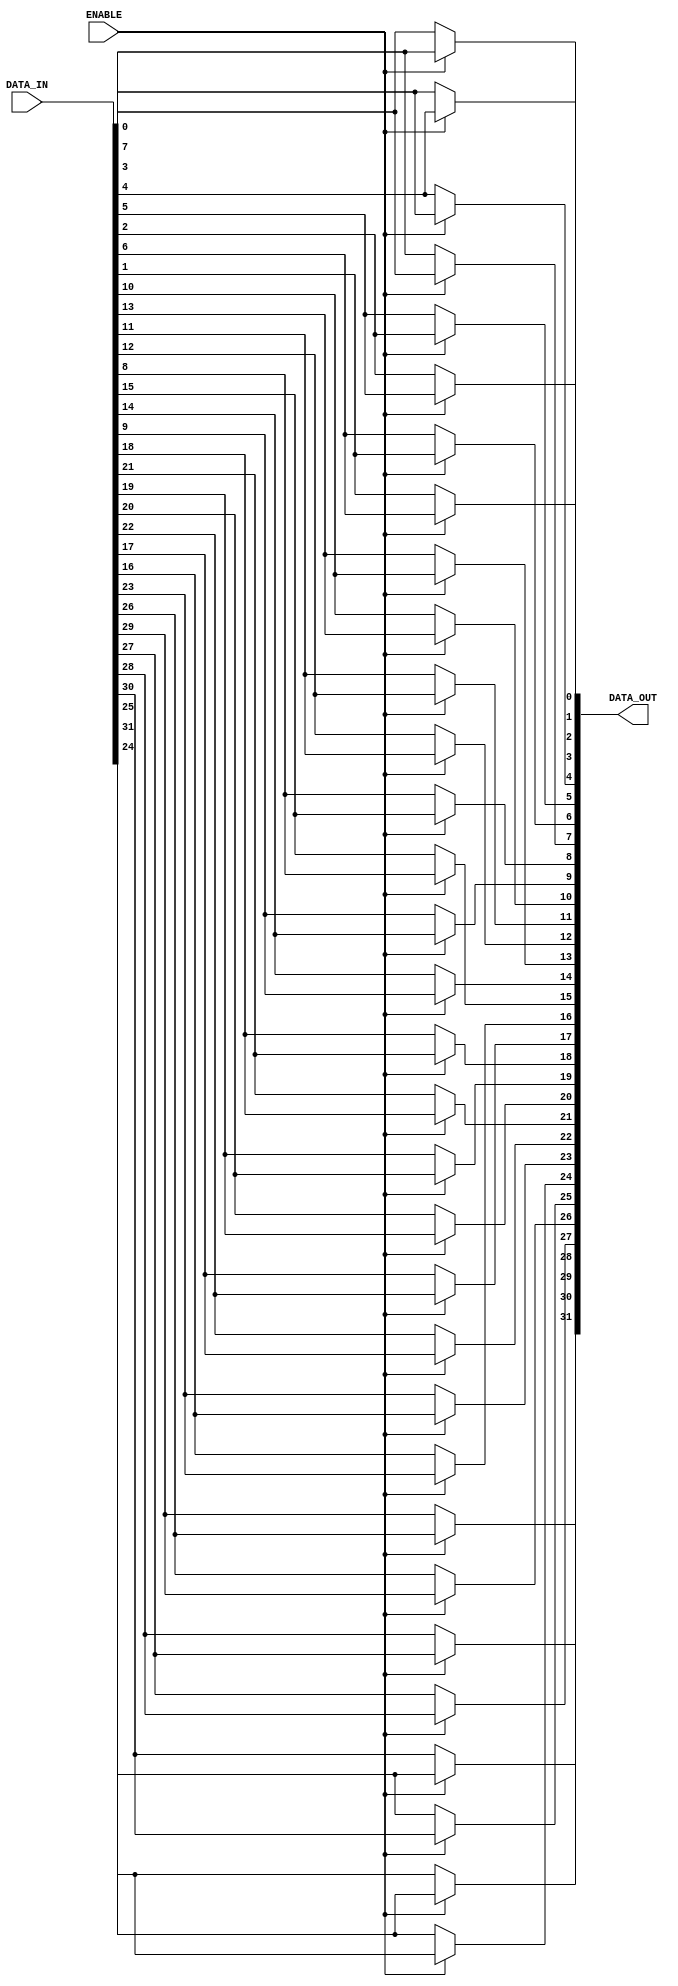
module bit_endian_converter (
	ENABLE,
	DATA_IN,
	DATA_OUT
);

parameter	DATA_WIDTH = 32;				//8, 16, 32, 64

input						ENABLE;
input	[DATA_WIDTH-1:0]	DATA_IN;
output	[DATA_WIDTH-1:0]	DATA_OUT;

genvar i;
generate
	if (DATA_WIDTH == 8) begin 				
		for (i=0; i<8; i=i+1) begin : bit_endian_conv_loop
			assign	DATA_OUT[i] = ENABLE? DATA_IN[DATA_WIDTH-1-i] : DATA_IN[i];	
		end
	end			
	else if (DATA_WIDTH == 16) begin
		for (i=0; i<8; i=i+1) begin : bit_endian_conv_loop
			assign	DATA_OUT[i] = ENABLE? DATA_IN[DATA_WIDTH-1-8-i] : DATA_IN[i]; 
			assign	DATA_OUT[i+8] = ENABLE? DATA_IN[DATA_WIDTH-1-i] : DATA_IN[i+8]; 
		end	
	end
	else if (DATA_WIDTH == 32) begin
		for (i=0; i<8; i=i+1) begin : bit_endian_conv_loop
			assign	DATA_OUT[i] = ENABLE? DATA_IN[DATA_WIDTH-1-24-i] : DATA_IN[i];
			assign	DATA_OUT[i+8] = ENABLE? DATA_IN[DATA_WIDTH-1-16-i] : DATA_IN[i+8];
			assign	DATA_OUT[i+16] = ENABLE? DATA_IN[DATA_WIDTH-1-8-i] : DATA_IN[i+16];
			assign	DATA_OUT[i+24] = ENABLE? DATA_IN[DATA_WIDTH-1-i] : DATA_IN[i+24];
		end
	end
	else if (DATA_WIDTH == 64) begin
		for (i=0; i<8; i=i+1) begin : bit_endian_conv_loop
			assign	DATA_OUT[i] = ENABLE? DATA_IN[DATA_WIDTH-1-56-i] : DATA_IN[i];
			assign	DATA_OUT[i+8] = ENABLE? DATA_IN[DATA_WIDTH-1-48-i] : DATA_IN[i+8];
			assign	DATA_OUT[i+16] = ENABLE? DATA_IN[DATA_WIDTH-1-40-i] : DATA_IN[i+16];
			assign	DATA_OUT[i+24] = ENABLE? DATA_IN[DATA_WIDTH-1-32-i] : DATA_IN[i+24];
			assign	DATA_OUT[i+32] = ENABLE? DATA_IN[DATA_WIDTH-1-24-i] : DATA_IN[i+32];
			assign	DATA_OUT[i+40] = ENABLE? DATA_IN[DATA_WIDTH-1-16-i] : DATA_IN[i+40];
			assign	DATA_OUT[i+48] = ENABLE? DATA_IN[DATA_WIDTH-1-8-i] : DATA_IN[i+48];
			assign	DATA_OUT[i+56] = ENABLE? DATA_IN[DATA_WIDTH-1-i] : DATA_IN[i+56];
		end
	end
endgenerate

endmodule